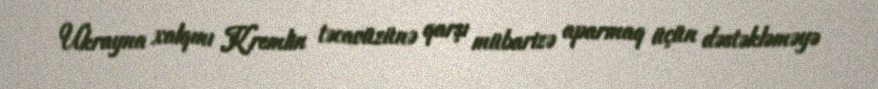
Ukrayna xalqını Kremlin təcavüzünə qarşı mübarizə aparmaq üçün dəstəkləməyə